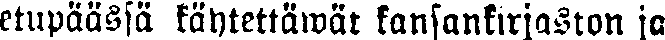
etupäässä käytettäwät kansankirjaston ja